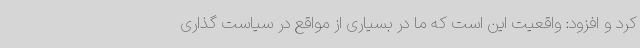
کرد و افزود: واقعیت این است که ما در بسیاری از مواقع در سیاست گذاری